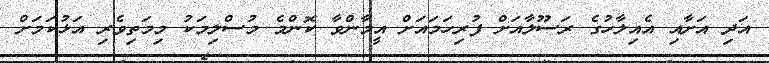
އަދި އަށާއި އެއިލާހުގެ ރަސޫލާއަށް ފުރިހަމައަށް އީމާންވާ ކޮންމެ މުސްލިމަކު މިމަތިވެރި އަޅުކަމަށް